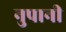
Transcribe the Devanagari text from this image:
नुपानी